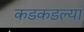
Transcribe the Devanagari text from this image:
कडकडल्या